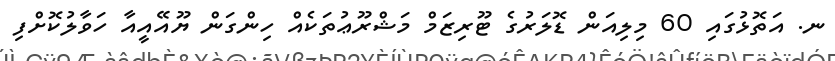
ނ. އަތޮޅުގައި 60 މިލިއަން ޑޮލަރުގެ ޓޫރިޒަމް މަޝްރޫޢުތަކެއް ހިންގަން ޔޫއޭއީއާ ހަވާލުކޮށްފި